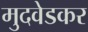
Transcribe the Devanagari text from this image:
मुदवेडकर